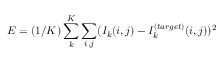
E = ( 1 / K ) \sum _ { k } ^ { K } \sum _ { i , j } ( I _ { k } ( i , j ) - I _ { k } ^ { ( t a r g e t ) } ( i , j ) ) ^ { 2 }